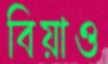
বিয়াও